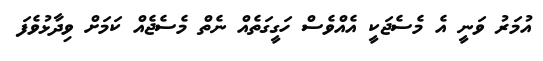
އުމަރު ވަނީ އެ މެސެޖަކީ އެއްވެސް ހަގީގަތެއް ނެތް މެސެޖެއް ކަމަށް ވިދާޅުވެފަ